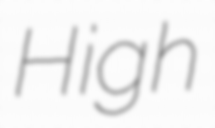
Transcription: High